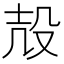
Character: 𱥖